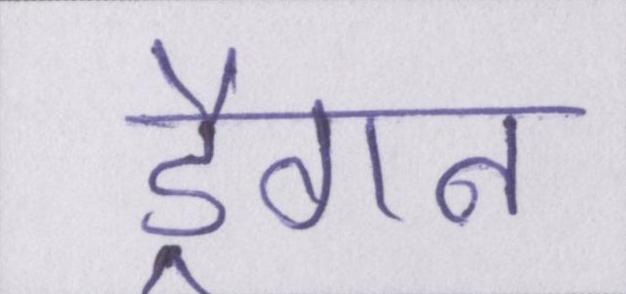
ड्रैगन